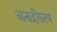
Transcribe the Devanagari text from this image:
अनाद्रीकरण